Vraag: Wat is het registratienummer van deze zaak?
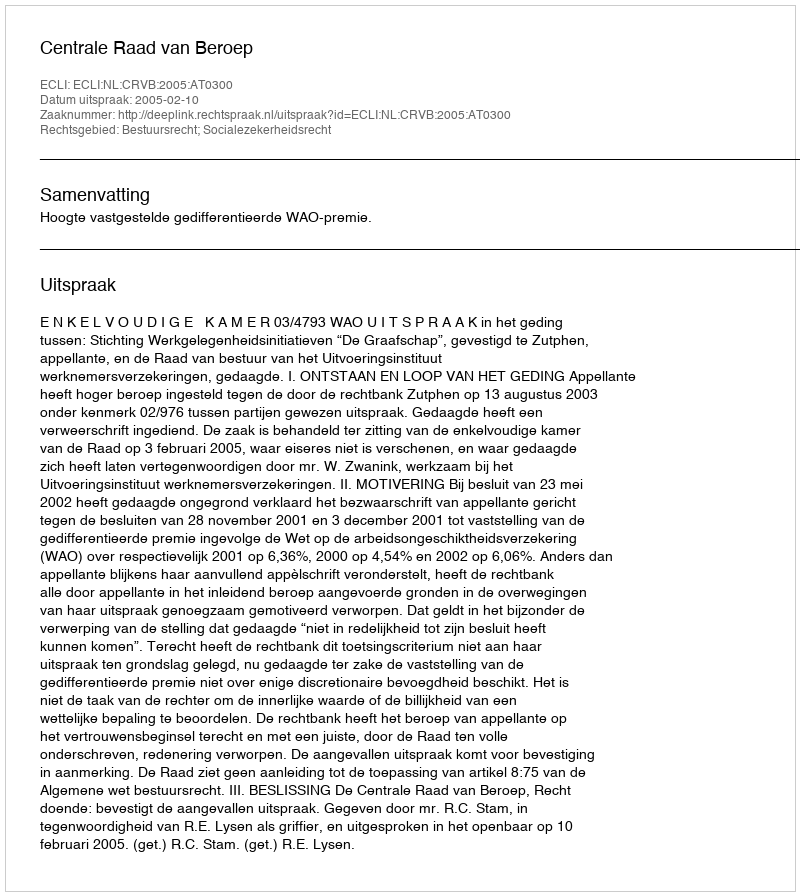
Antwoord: http://deeplink.rechtspraak.nl/uitspraak?id=ECLI:NL:CRVB:2005:AT0300